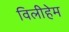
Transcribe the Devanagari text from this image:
विलीहेम